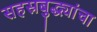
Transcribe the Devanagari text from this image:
सहस्रबुद्ध्यांचा